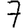
Digit: 7